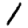
Digit: 1